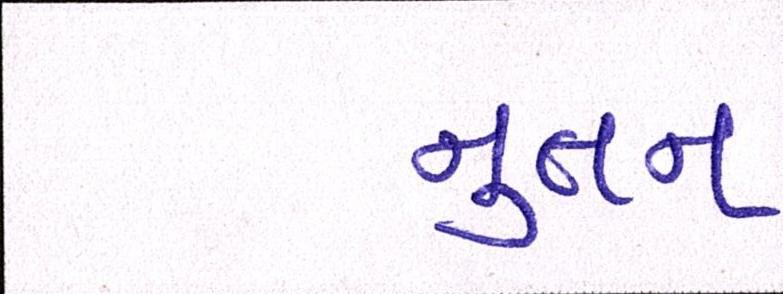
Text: નુતન